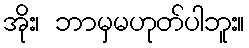
အိုး၊ ဘာမှမဟုတ်ပါဘူး။